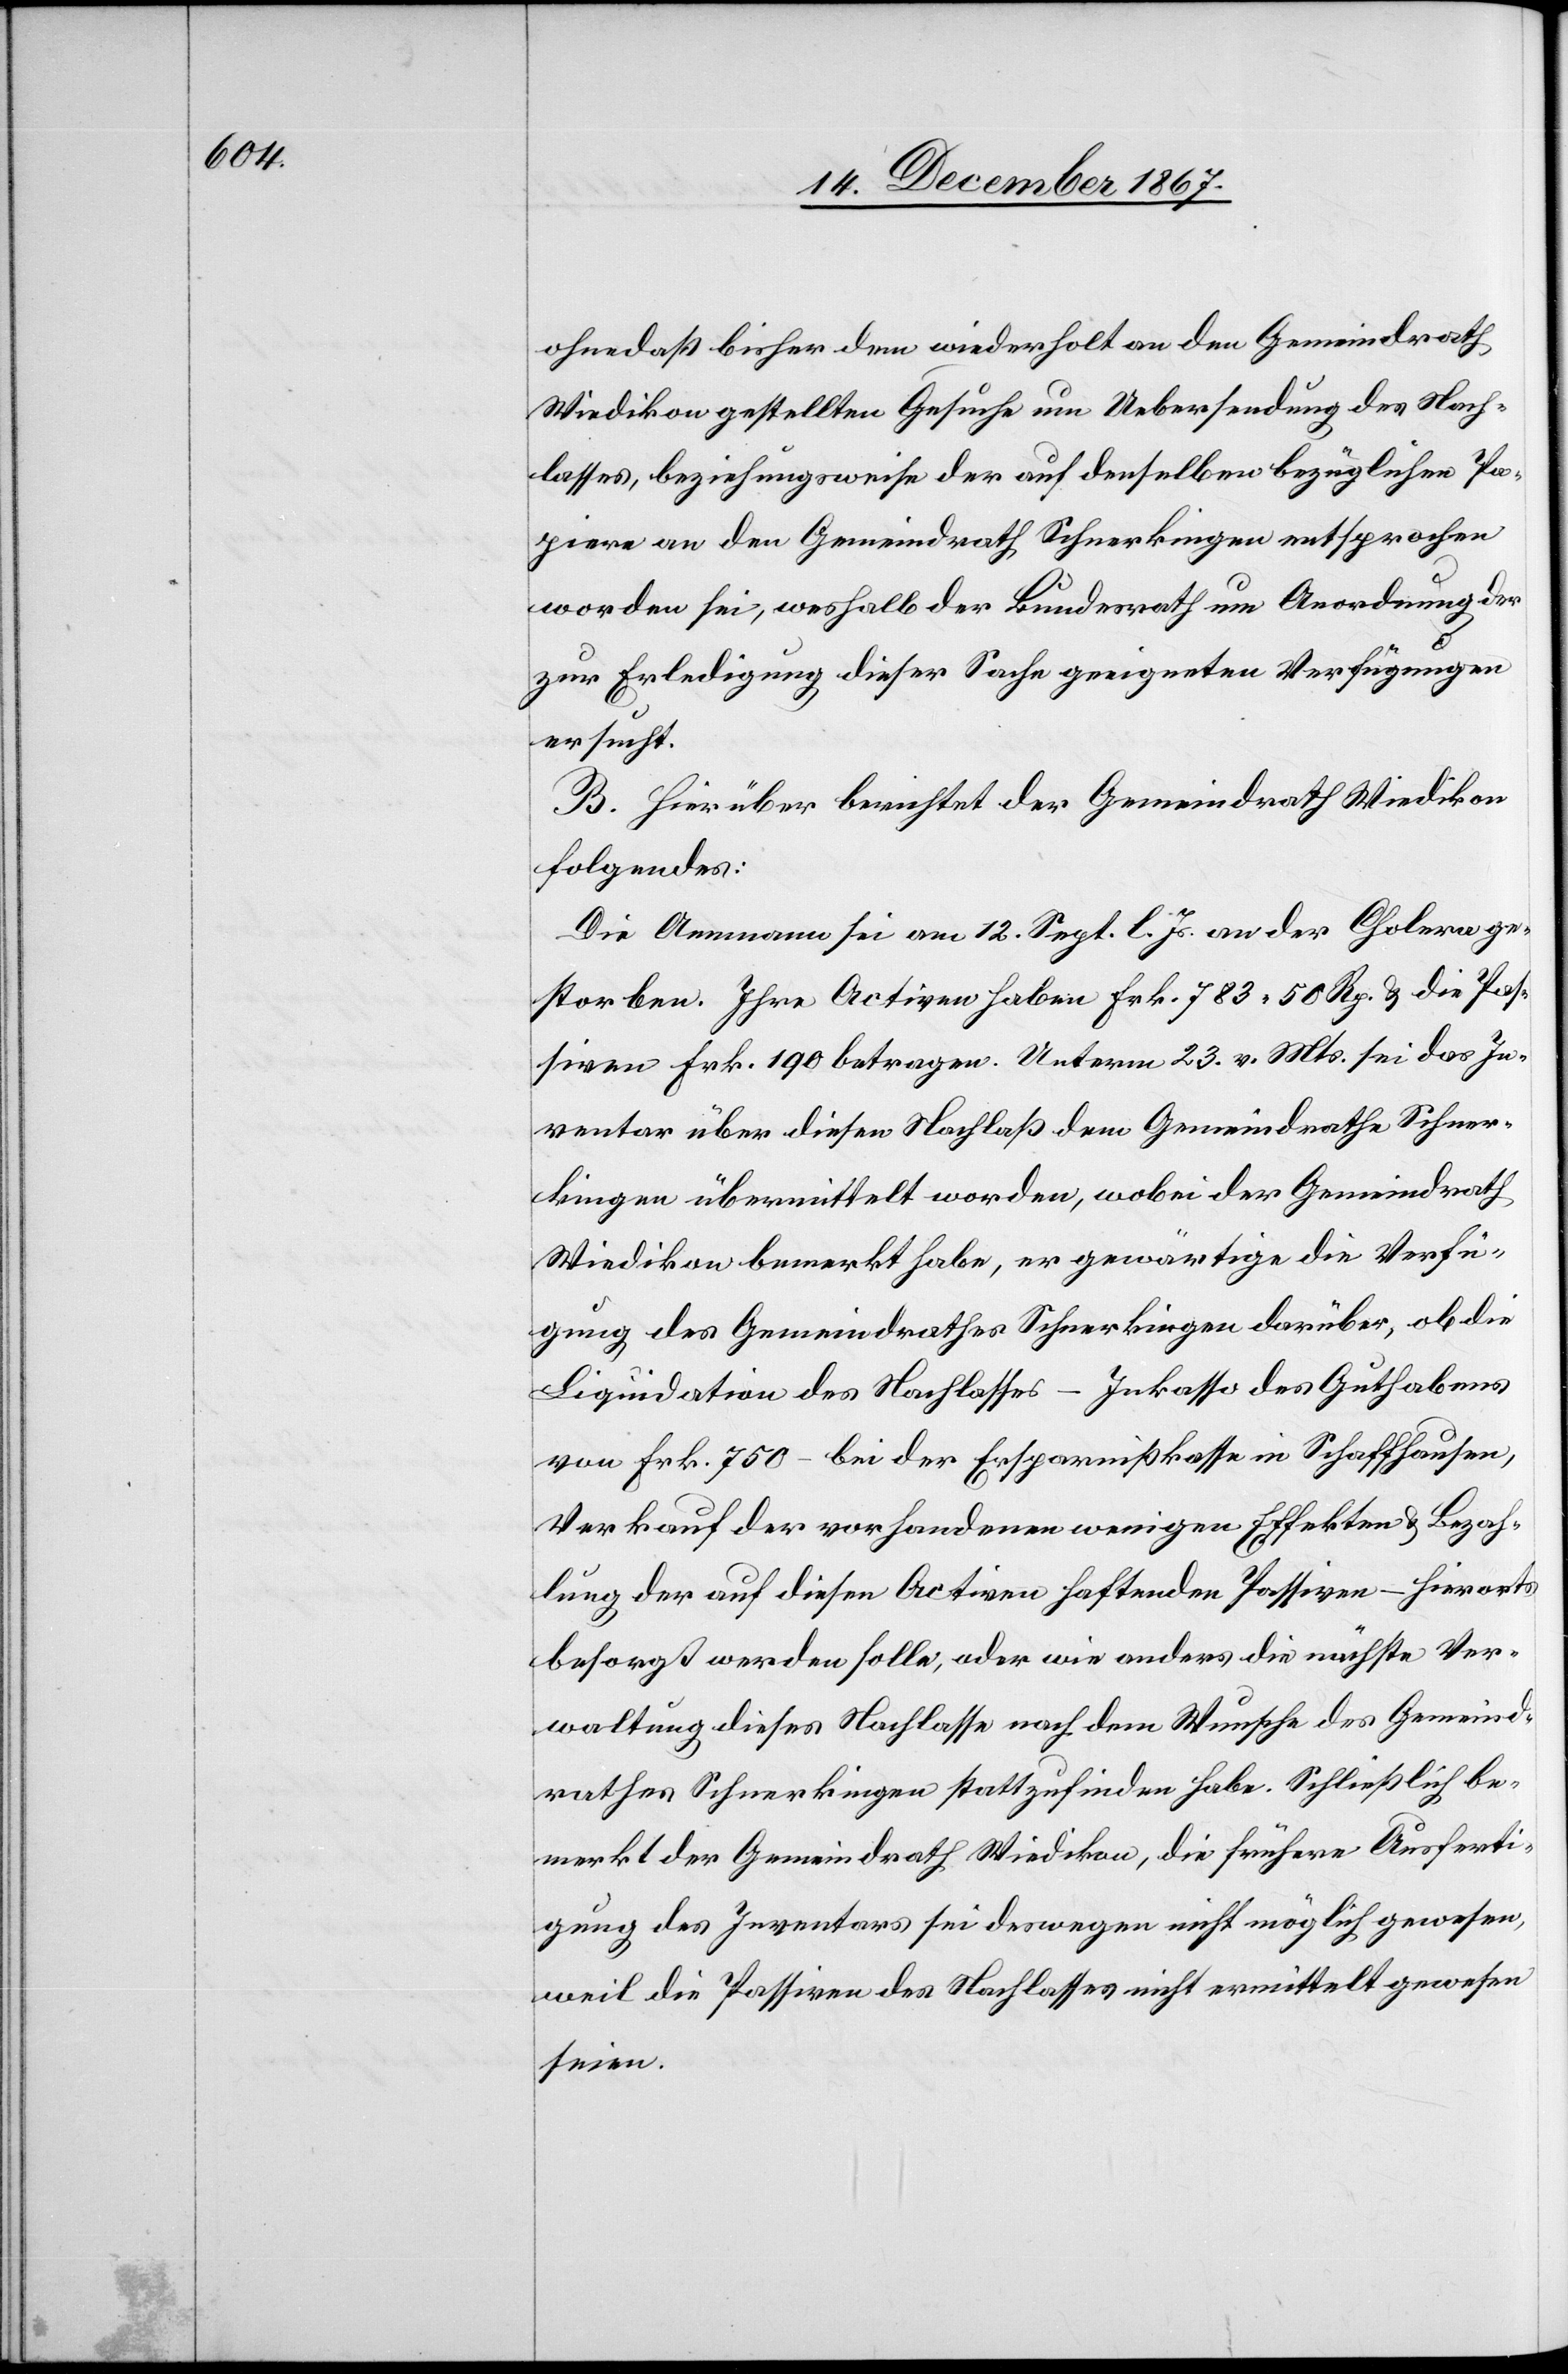
ohne daß bisher dem wiederholt an den Gemeindrath
Wiedikon gestellten Gesuche um Uebersendung des Nach¬
lasses, beziehungsweise der auf denselben bezüglichen Pa¬
piere an den Gemeindrath Schnerkingen entsprochen
worden sei, weshalb der Bundesrath um Anordnung der
zur Erledigung dieser Sache geeigneten Verfügungen
ersucht.
B. Hierüber berichtet der Gemeindrath Wiedikon
folgendes:
Die Ammann sei am 12. Sept. l. Js. an der Cholera ge¬
storben. Ihre Activen haben Frk. 783.50 Rp. u. die Ps¬
siven Frk. 190 betragen. Unterm 23. v. Mts. sei das In¬
ventar über diesen Nachlaß dem Gemeindrathe Schner¬
kingen übermittelt worden, wobei der Gemeindrath
Wiedikon bemerkt habe, er gewärtige die Verfü¬
gung des Gemeindrathes Schnerkingen darüber, ob die
Liquidation des Nachlasses – Inkasso des Guthabens
von Frk. 750.– bei der Ersparnißkasse in Schaffhausen,
Verkauf der vorhandenen wenigen Effekten u. Bezah¬
lung der auf diesen Activen haftenden Passiven – hierorts
besorgt werden solle, oder wie anders die nächste Ver¬
waltung dieses Nachlasses nach dem Wunsche des Gemeind¬
rathes Schnerkingen stattzufinden habe. Schließlich be¬
merkt der Gemeindrath Wiedikon, die frühere Ausferti¬
gung des Inventars sei deswegen nicht möglich gewesen,
weil die Passiven des Nachlasses nicht ermittelt gewesen
seien.